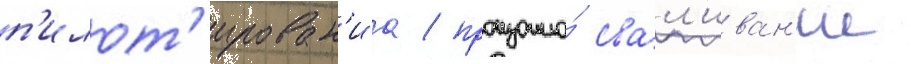
п'илот'ирован'иа / произошло́ свал'иван'ие